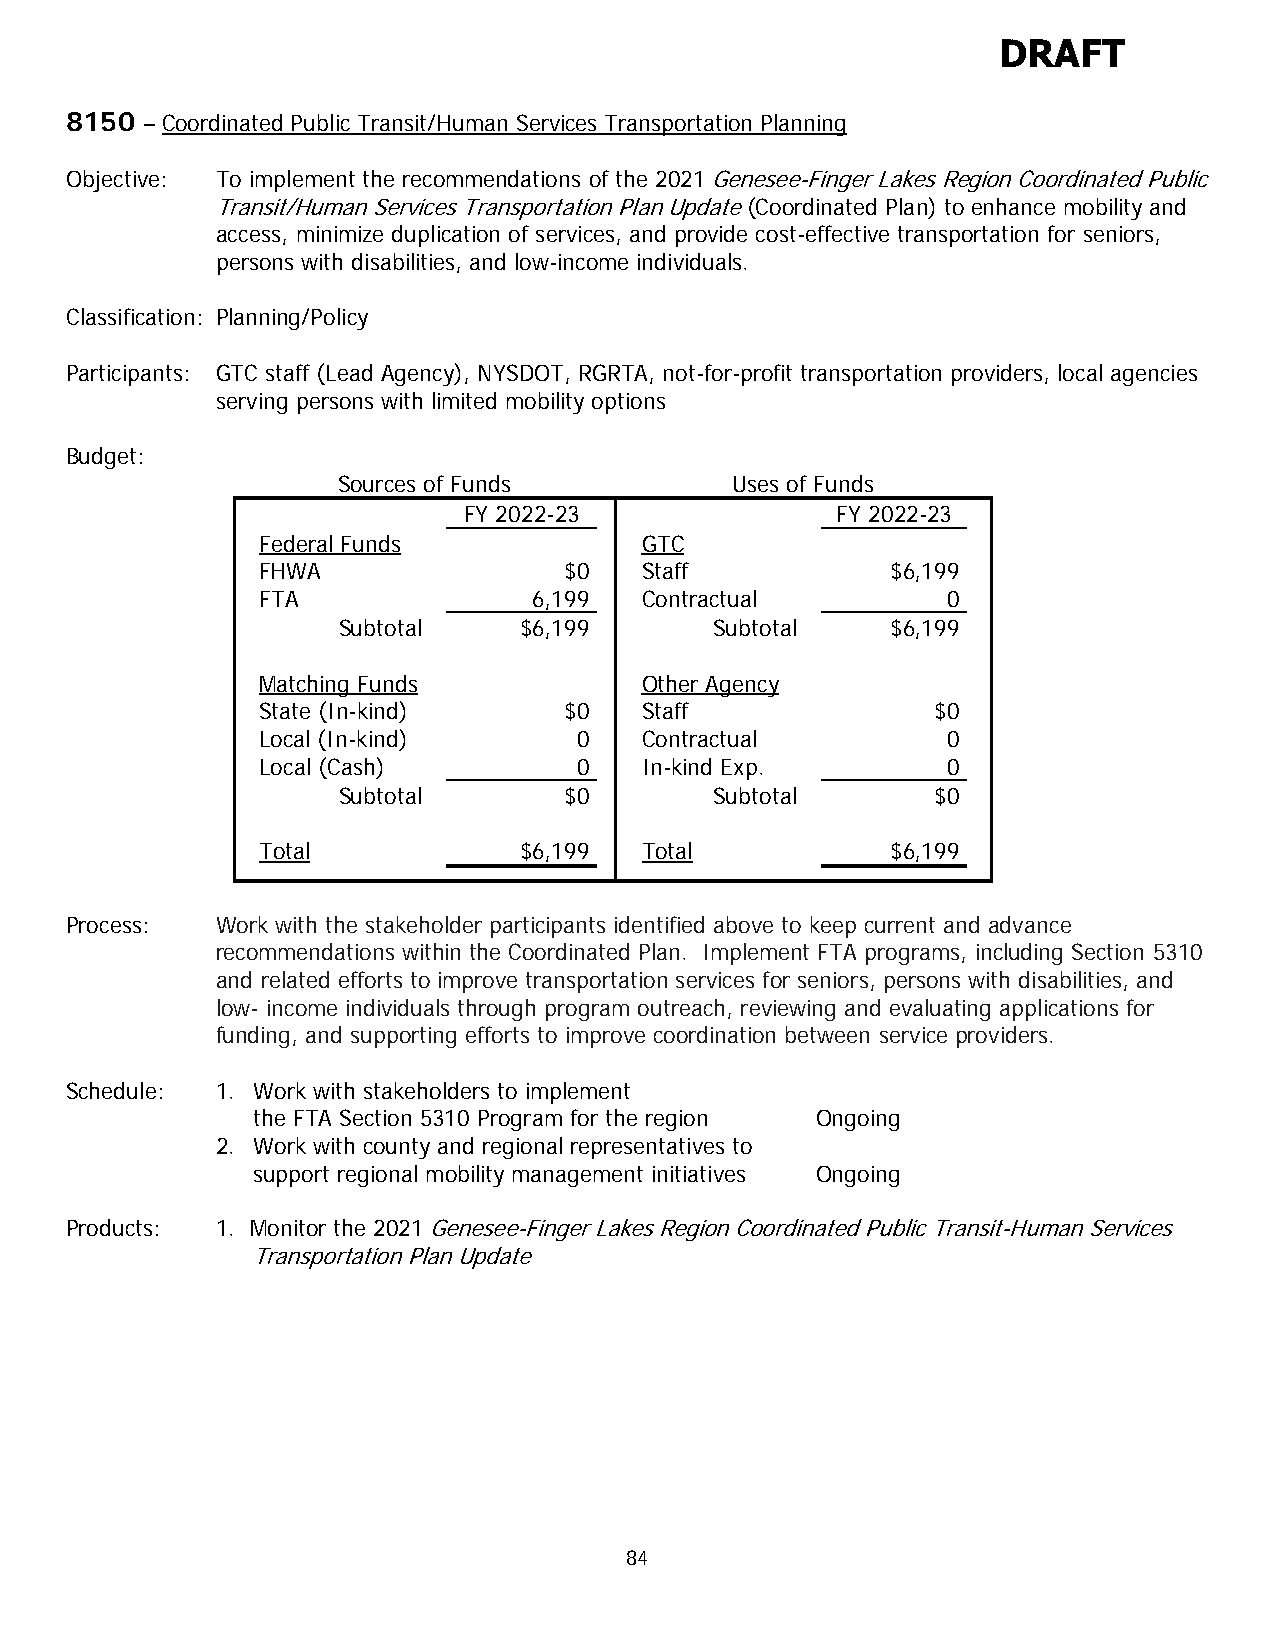
DRAFT
 8150 – Coordinated Public Transit/Human Services Transportation Planning
 Objective: To implement the recommendations of the 2021 Genesee-Finger Lakes Region Coordinated Public
 Transit/Human Services Transportation Plan Update (Coordinated Plan) to enhance mobility and
 access, minimize duplication of services, and provide cost-effective transportation for seniors,
 persons with disabilities, and low-income individuals.
 Classification: Planning/Policy
 Participants: GTC staff (Lead Agency), NYSDOT, RGRTA, not-for-profit transportation providers, local agencies
 serving persons with limited mobility options
 Budget:
 Sources of Funds          Uses of Funds
 FY 2022-23              FY 2022-23
 Federal Funds            GTC
 FHWA                $0   Staff            $6,199
 FTA               6,199  Contractual          0
 Subtotal    $6,199       Subtotal    $6,199
 Matching Funds           Other Agency
 State (In-kind)     $0   Staff               $0
 Local (In-kind)      0   Contractual          0
 Local (Cash)         0   In-kind Exp.         0
 Subtotal       $0        Subtotal       $0
 Total            $6,199  Total            $6,199
 Process:  Work with the stakeholder participants identified above to keep current and advance
 recommendations within the Coordinated Plan. Implement FTA programs, including Section 5310
 and related efforts to improve transportation services for seniors, persons with disabilities, and
 low- income individuals through program outreach, reviewing and evaluating applications for
 funding, and supporting efforts to improve coordination between service providers.
 Schedule: 1. Work with stakeholders to implement
 the FTA Section 5310 Program for the region Ongoing
 2. Work with county and regional representatives to
 support regional mobility management initiatives Ongoing
 Products: 1. Monitor the 2021 Genesee-Finger Lakes Region Coordinated Public Transit-Human Services
 Transportation Plan Update
 84